Rangoon Lunatic Asylum 1898-1906 - 1898-1906
Year: 1898
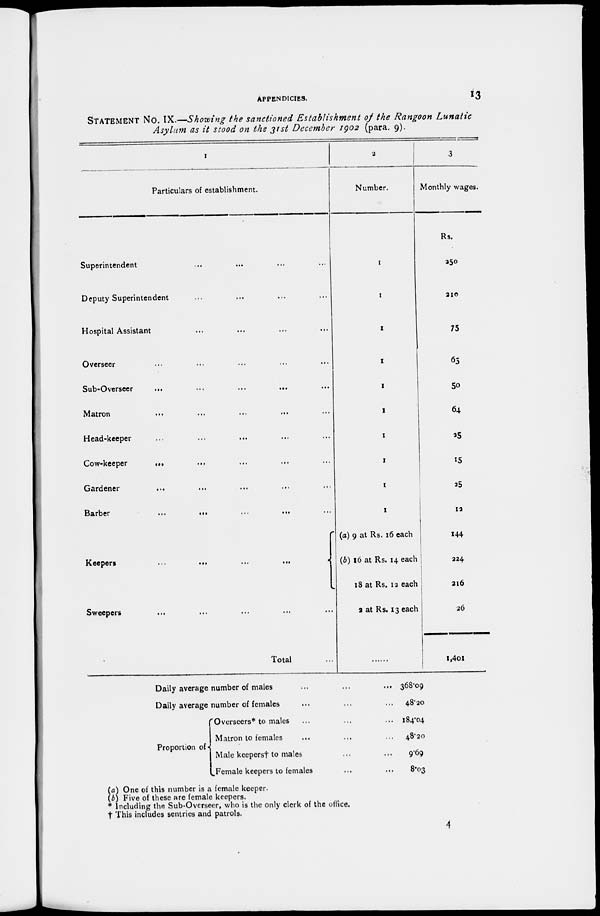
APPENDICIES.
13
STATEMENT No. IX.—Showing the sanctioned Establishment
of the Rangoon
Lunatic
Asylum as it stood on the 31st December 1902 (para. 9).
1
Particulars of establishment.
Superintendent ... ... ... ...
Deputy Superintendent ... ... ... ...
Hospital Assistant ... ... ... ...
Overseer ... ... ... ...
Sub-Overseer
...
...
...
...
Matron
...
...
...
...
Head-keeper
...
...
...
Cow-keeper ... ... ... ...
Gardener
...
...
...
Barber
...
...
...
...
Keepers
...
...
...
...
Sweepers
...
...
...
...
Total ...
2
Number.
1
1
1
1
1
1
1
1
1
1
(a) 9 at Rs. 16 each
(b) 16 at Rs. 14 each
18 at Rs. 12 each
3 at Rs. 13 each
3
Monthly wages.
Rs.
250
210
75
63
50
64
25
15
25
12
144
224
216
26
1,401
Daily average number of males ... ... ...
Daily average number of females ... ... ...
Proportion of
Overseers* to males ... ... ...
Matron to females ... ... ...
Male keepers† to males ... ...
Female keepers to females
...
...
368.09
48.20
184.04
48.20
9.69
8.03
(a) One of this number is a female keeper.
(b) Five of these are female keepers.
* Including the Sub-Overseer, who is the only clerk of the office.
† This includes sentries and patrols.
4